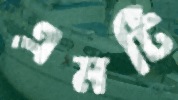
এমটি